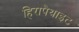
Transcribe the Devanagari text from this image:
हिरापैथाइट